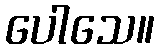
ပေါသေ။